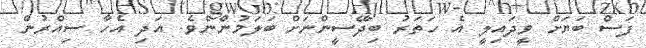
ފަސް ބަޔަށް ވީދައިލީ އެ ހަތަރު ބިދޭސީންނަށް ބަލަމުންނެވެ. އަދި އެހާ ސިއްރުން